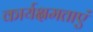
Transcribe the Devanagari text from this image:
कार्यक्षमताएं